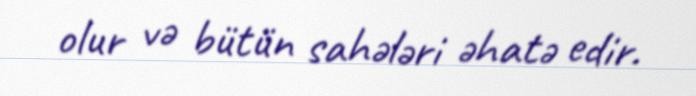
olur və bütün sahələri əhatə edir.